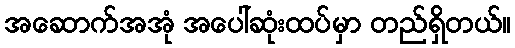
အဆောက်အအုံ အပေါ်ဆုံးထပ်မှာ တည်ရှိတယ်။